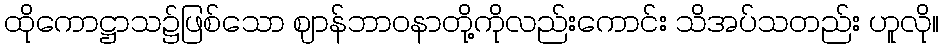
ထိုကောဋ္ဌာသ၌ဖြစ်သော ဈာန်ဘာဝနာတို့ကိုလည်းကောင်း သိအပ်သတည်း ဟူလို။